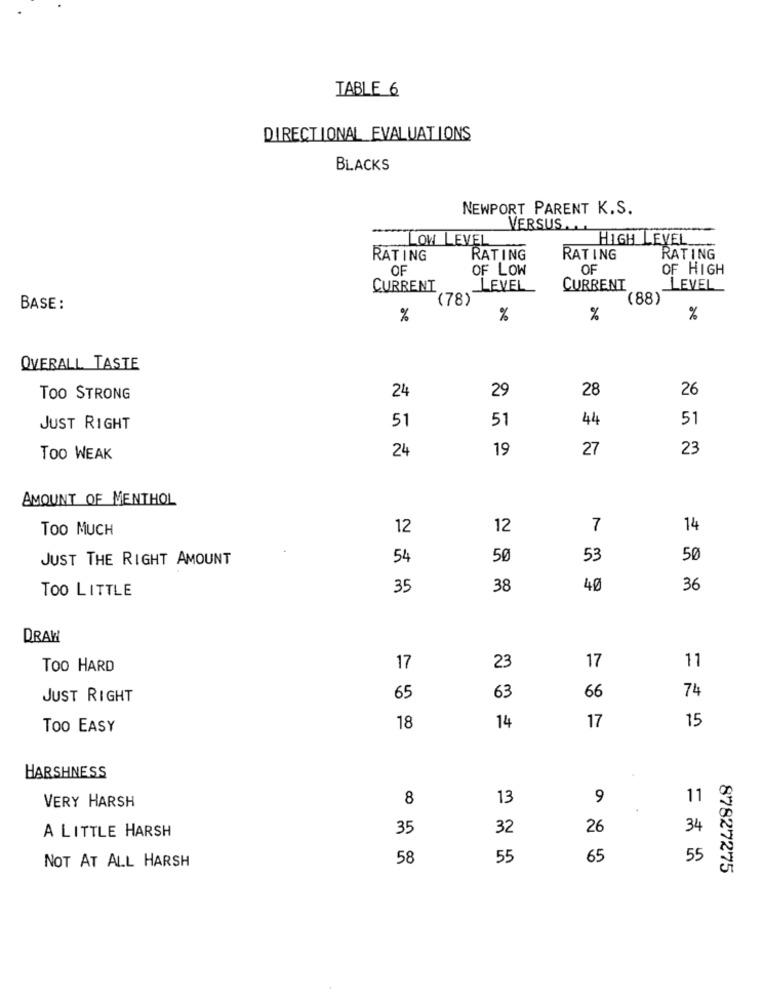
TABLE 6
DIRECTIONAL EVALUATIONS
BLACKS
NEWPORT PARENT K.S.
VERSUS.
LOW LEVEL
HIGH LEVEL
RATING
RATING
RATING
RATING
OF
OF LOW
OF
OF HIGH
CURRENT
LEVEL
CURRENT
LEVEL
(78)
(88)
BASE:
%
%
%
%
OVERALL TASTE
24
29
28
26
TOO STRONG
51
44
51
JUST RIGHT
51
24
19
27
23
Too WEAK
AMOUNT OF MENTHOL
Too MUCH
12
12
7
14
JUST THE RIGHT AMOUNT
54
50
53
50
TOO LITTLE
35
38
40
36
DRAW
17
11
Too HARD
17
23
JUST RIGHT
65
63
66
74
15
Too EASY
18
14
17
HARSHNESS
8
13
9
11
VERY HARSH
A LITTLE HARSH
35
32
26
34
NOT AT ALL HARSH
58
55
65
55
87827275